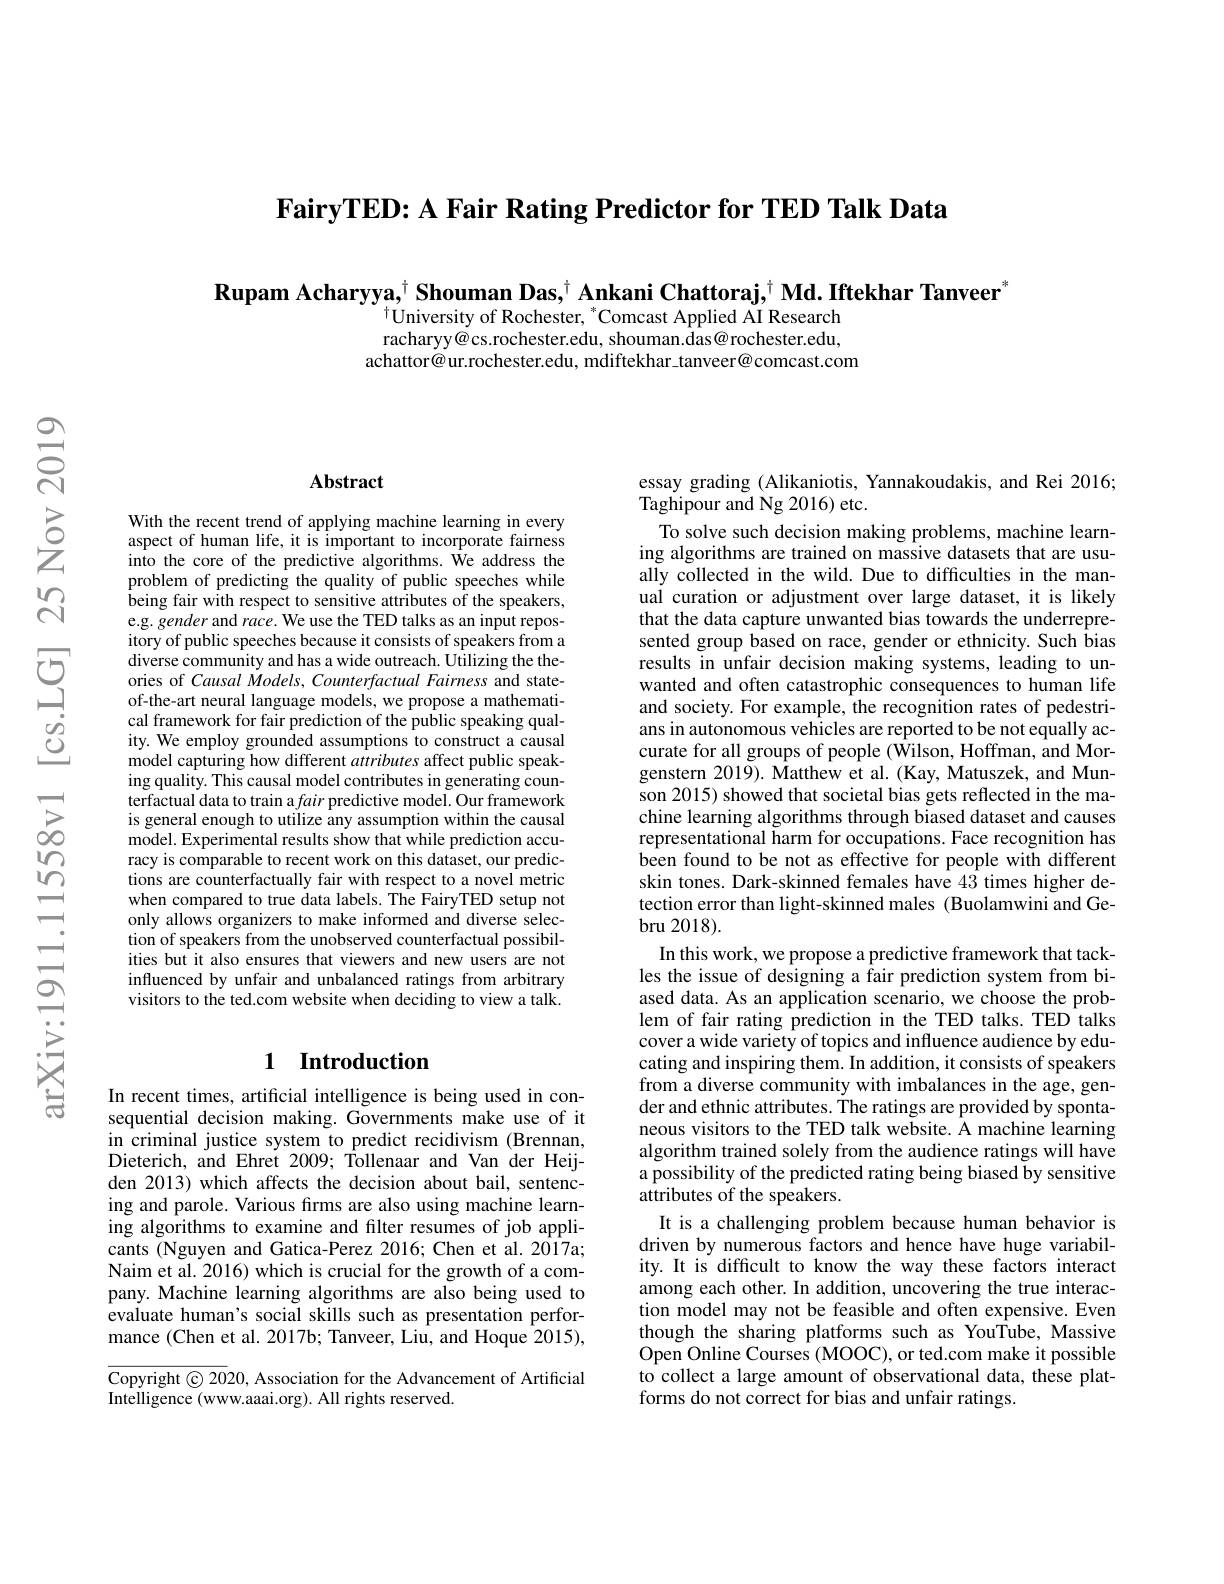
FairyTED: A Fair Rating Predictor for TED Talk Data

Rupam Acharyya,$^\dagger$ Shouman Das,$^\dagger$ Ankani Chattoraj,$^\dagger$ Md. Iftekhar Tanveer
$^{\dagger}$University of Rochester, *Comcast Applied AI Research racharyy@cs.rochester.edu, shouman.das@rochester.edu,
achattor@ur.rochester.edu, mdiftekhar\_tanveer@comcast.com

### Abstract

With the recent trend of applying machine learning in every aspect of human life, it is important to incorporate fairness into the core of the predictive algorithms. We address the problem of predicting the quality of public speeches while being fair with respect to sensitive attributes of the speakers, e.g. gender and race. We use the TED talks as an input repository of public speeches because it consists of speakers from a diverse community and has a wide outreach. Utilizing the theories of Causal Models, Counterfactual Fairness and stateof-the-art neural language models, we propose a mathematical framework for fair prediction of the public speaking quality. We employ grounded assumptions to construct a causal model capturing how different attributes affect public speaking quality. This causal model contributes in generating counterfactual data to train a fair predictive model. Our framework is general enough to utilize any assumption within the causal model. Experimental results show that while prediction accuracy is comparable to recent work on this dataset, our predictions are counterfactually fair with respect to a novel metric when compared to true data labels. The FairyTED setup not only allows organizers to make informed and diverse selection of speakers from the unobserved counterfactual possibilities but it also ensures that viewers and new users are not influenced by unfair and unbalanced ratings from arbitrary visitors to the ted.com website when deciding to view a talk.

### 1 Introduction

In recent times, artificial intelligence is being used in consequential decision making.Governments make use of it in criminal justice system to predict recidivism (Brennan, Dieterich, and Ehret 2009; Tollenaar and Van der Heijden 2013) which affects the decision about bail, sentencing and parole. Various fırms are also using machine learning algorithms to examine and filter resumes of job applicants (Nguyen and Gatica-Perez 2016; Chen et al. 2017a; Naim et al. 2016) which is crucial for the growth of a company. Machine learning algorithms are also being used to evaluate human's social skills such as presentation performance (Chen et al. 2017b; Tanveer, Liu, and Hoque 2015),

$\overline{\mathrm{Copyright©20}}$20, Association for the Advancement of Artificial
Intelligence (www.aaai.org). All rights reserved.

essay grading (Alikaniotis, Yannakoudakis, and Rei 2016;
Taghipour and Ng 2016) etc.

To solve such decision making problems, machine learning algorithms are trained on massive datasets that are usually collected in the wild. Due to difficulties in the manual curation or adjustment over large dataset, it is likely that the data capture unwanted bias towards the underrepresented group based on race, gender or ethnicity. Such bias results in unfair decision making systems, leading to unwanted and often catastrophic consequences to human life and society. For example, the recognition rates of pedestrians in autonomous vehicles are reported to be not equally accurate for all groups of people ($\hat{\text{Wilson,Hoffman,andMor-}}$ genstern 2019). Matthew et al. (Kay, Matuszek, and Munson 2015) showed that societal bias gets reflected in the machine learning algorithms through biased dataset and causes representational harm for occupations. Face recognition has been found to be not as effective for people with different skin tones. Dark-skinned females have 43 times higher detection error than light-skinned males (Buolamwini and Ge- ${\mathrm{bru~2018}}).$
In this work, we propose a predictive framework that tackles the issue of designing a fair prediction system from biased data. As an application scenario, we choose the problem of fair rating prediction in the TED talks. TED talks cover a wide variety of topics and influence audience by educating and inspiring them. In addition, it consists of speakers from a diverse community with imbalances in the age, gender and ethnic attributes. The ratings are provided by spontaneous visitors to the TED talk website. Å machine learning algorithm trained solely from the audience ratings will have a possibility of the predicted rating being biased by sensitive attributes of the speakers.
It is a challenging problem because human behavior is driven by numerous factors and hence have huge variability. It is difficult to know the way these factors interact among each other. In addition, uncovering the true interaction model may not be feasible and often expensive. Even though the sharing platforms such as YouTube, Massive Open Online Courses (MOOC), or ted.com make it possible to collect a large amount of observational data, these platforms do not correct for bias and unfair ratings.